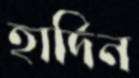
হার্দিন